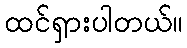
ထင်ရှားပါတယ်။